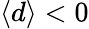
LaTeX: \langle d\rangle<0